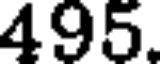
495.